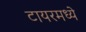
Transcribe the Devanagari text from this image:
टायरमध्ये